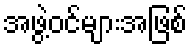
အဖွဲ့ဝင်များအဖြစ်